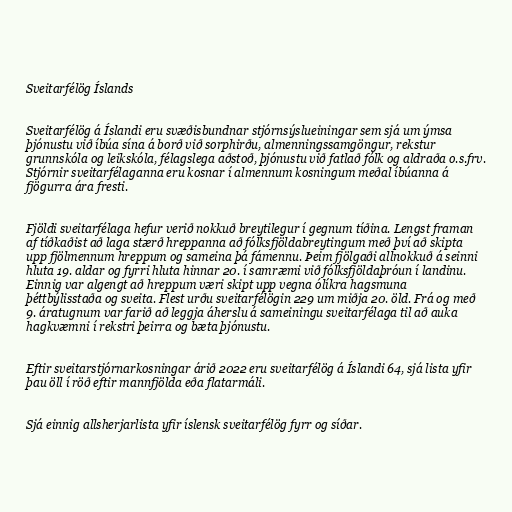
Sveitarfélög Íslands

Sveitarfélög á Íslandi eru svæðisbundnar stjórnsýslueiningar sem sjá um ýmsa
þjónustu við íbúa sína á borð við sorphirðu, almenningssamgöngur, rekstur
grunnskóla og leikskóla, félagslega aðstoð, þjónustu við fatlað fólk og aldraða o.s.frv.
Stjórnir sveitarfélaganna eru kosnar í almennum kosningum meðal íbúanna á
fjögurra ára fresti.

Fjöldi sveitarfélaga hefur verið nokkuð breytilegur í gegnum tíðina. Lengst framan
af tíðkaðist að laga stærð hreppanna að fólksfjöldabreytingum með því að skipta
upp fjölmennum hreppum og sameina þá fámennu. Þeim fjölgaði allnokkuð á seinni
hluta 19. aldar og fyrri hluta hinnar 20. í samræmi við fólksfjöldaþróun í landinu.
Einnig var algengt að hreppum væri skipt upp vegna ólíkra hagsmuna
þéttbýlisstaða og sveita. Flest urðu sveitarfélögin 229 um miðja 20. öld. Frá og með
9. áratugnum var farið að leggja áherslu á sameiningu sveitarfélaga til að auka
hagkvæmni í rekstri þeirra og bæta þjónustu.

Eftir sveitarstjórnarkosningar árið 2022 eru sveitarfélög á Íslandi 64, sjá lista yfir
þau öll í röð eftir mannfjölda eða flatarmáli.

Sjá einnig allsherjarlista yfir íslensk sveitarfélög fyrr og síðar.